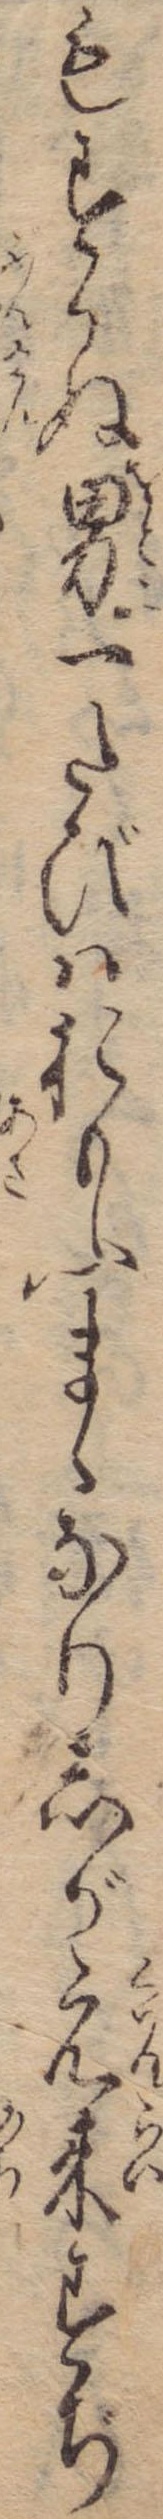
もすかぬ男一たびはおもふまゝなりしが元来すぢ